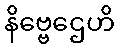
နိဗ္ဗေဌေဟိ